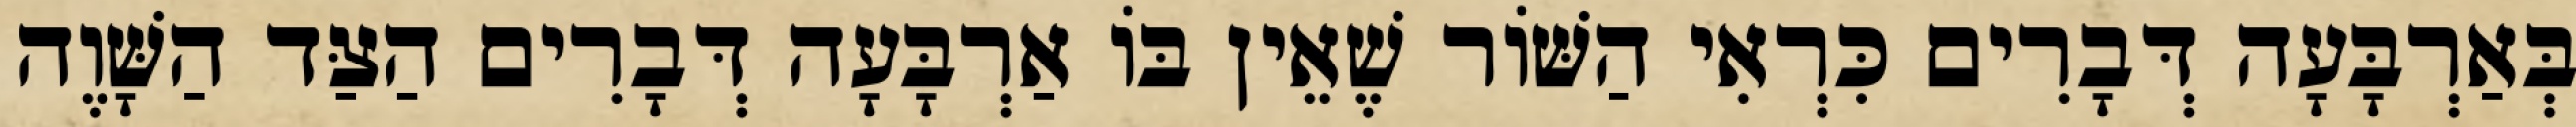
בְּאַרְבָּעָה דְּבָרִים כִּרְאִי הַשּׁוֹר שֶׁאֵין בּוֹ אַרְבָּעָה דְּבָרִים הַצַּד הַשָּׁוֶה